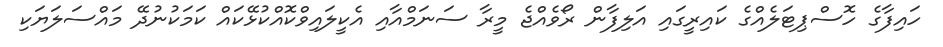
ހައިފާގެ ހޮސްޕިޓަލެއްގެ ކައިރީގައި އަލިފާން ރޯވެއްޖެ މީރާ ސަނަމްއާއި އެކީލައިވްކޮއްކުޅޭކައް ކަމަކުނުދޭ މައްސަލަޔަކި